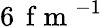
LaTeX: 6\, \mathrm{~f~m~}^{-1}